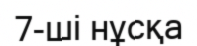
7-ші нұсқа